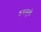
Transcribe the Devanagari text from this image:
डबल्यूबी